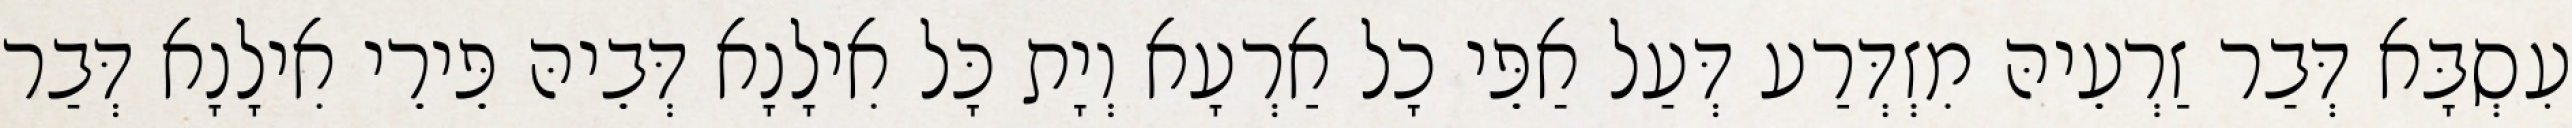
עִסְבָּא דְּבַר זַרְעֵיהּ מִזְדְּרַע דְּעַל אַפֵּי כָל אַרְעָא וְיָת כָּל אִילָנָא דְּבֵיהּ פֵּירֵי אִילָנָא דְּבַר